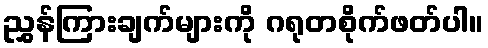
ညွှန်ကြားချက်များကို ဂရုတစိုက်ဖတ်ပါ။